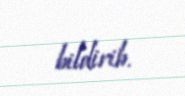
bildirib.